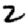
Digit: 2